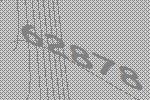
62878